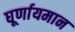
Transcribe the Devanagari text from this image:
घूर्णायमान